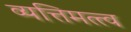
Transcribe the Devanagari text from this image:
व्यत्तिमत्त्व